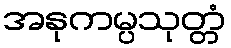
အနုကမ္ပသုတ္တံ